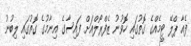
ފެއާ ޕްލޭ ޓީމެއްގެ ގޮތުގައި ހޮވުނު ޒެފްރޯލްއަށް ފައިސާގެ އިނާމުގެ ގޮތުގައި ލިބުނު